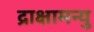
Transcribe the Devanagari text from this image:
द्राक्षामन्यु